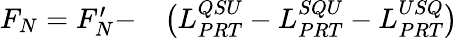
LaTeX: \begin{array}{rl}{F_{N}=F_{N}^{\prime}-}&{{}\big(L_{PRT}^{QSU}-L_{PRT}^{SQU}-L_{PRT}^{USQ}\big)}\end{array}